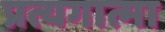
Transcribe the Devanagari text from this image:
प्रत्यगात्मा